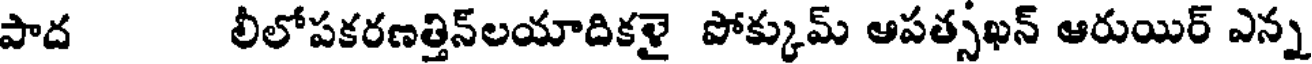
పాద లీలోపకరణత్తిన్లయాదికళై పోక్కుమ్ ఆపత్సఖన్ ఆరుయిర్ ఎన్న